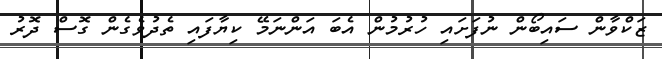
ޒަކްވާން ސައިބޯން ނުފަށައި ހުރުމުން އެބަ އަންނަމޭ ކިޔާފައި ތެދުވެގެން ގޮސް ދޮރު